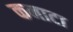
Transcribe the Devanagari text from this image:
कनाटा